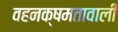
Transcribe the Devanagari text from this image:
वहनक्षमतावाली